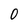
Character: 0